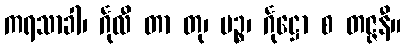
ကရသာခါ၊ င်္ဂုလီ တာ တု၊ ပဉ္စ၊ င်္ဂုဋ္ဌော စ တဇ္ဇနီ။